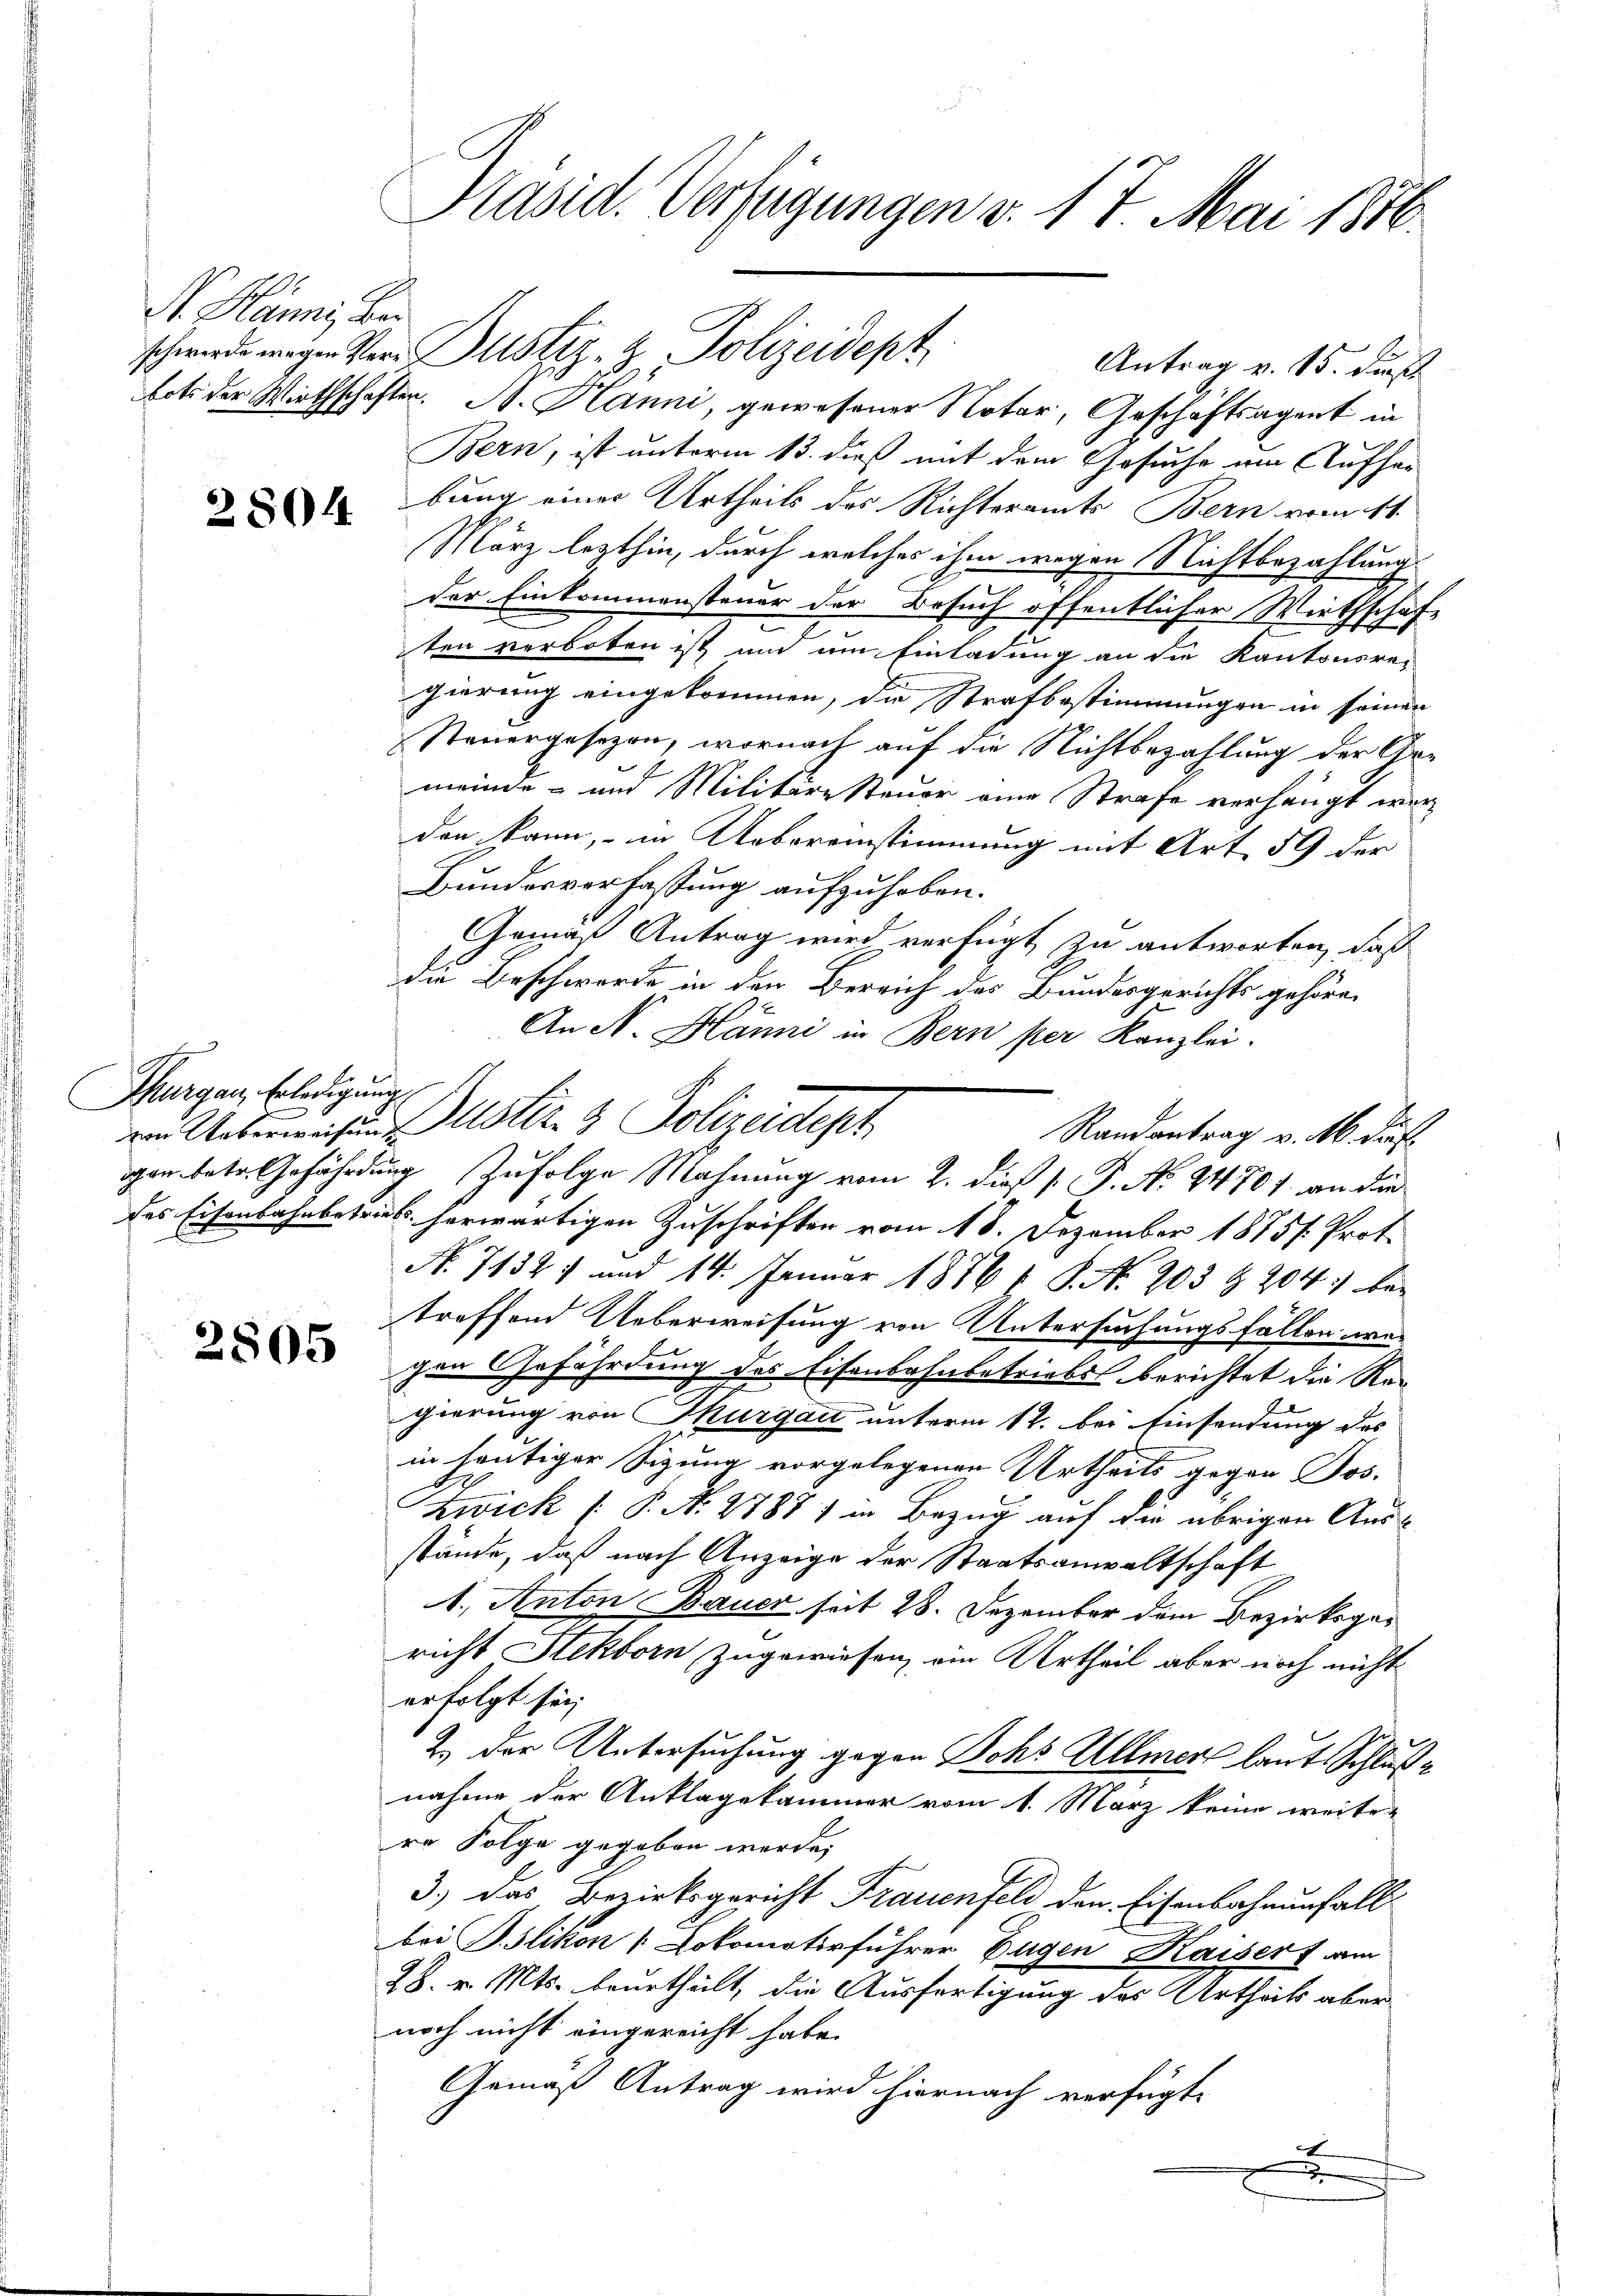
S. Hänni, Bar

28044

Thurgau, Erledigung.

2805

Präsid. Verfügungen v. 17. Mai 1846.

Antrag v. 15. Fürst
bots der Wirthschafter. A. Hänni, gewesener Notar, Geschäftsagent in
Bern, ist unterm 13. dieß mit dem Gesuche am Aufher-
bung einer Urtheils des Richteramts Bern vom 11.
März lezthin, durch welches ihm wegen Nichtbezahlung
der Einkommensteuer der Besuch öffentlichen Wirthschaft
ten verboten ist und um Einladung an die Kantonsre-
gierung eingekommen, die Strafbestimmungen in seinen
Steuergesezen, wornach auf die Nichtbezahlung der Gemeinde- und Militäre Steuer eine Strafe verhängt wer-
den kann, in Uebereinstimmung mit Art. 59 der
Bundesverfassung aufzuhaben.
Gemäß Antrag wird verfügt zu antworten, daß
die Beschwerde in den Bereich des Bundesgerichts gehören
An N. Hänni in Bern per Kanzlei.
gan betr. Gefährdung zufolge Mahnung vom 2. dieß [ P. No. 44701. an die
des Eisenbahnbetrieb herwärtigen Zuschriften vom 18. Dezember 1875. Prof.
N. 7132 und 14. Januar 1886 u. S. Nr. 203 & 204. bei
treffend Ueberweisung von Untersuchungsfällen wer
gen Gefährdung des Eisenbahnbetriebst berichtet die Regierung von Thurgau unterm 12. bei Einsendung des
in heutiger Sigung vorgelegenen Urtheils gegen Jos.
Zwick ( P. N. 2788) in Bezug auf die übrigen Aus-
stände, daß nach Anzeige der Staatsanwaltschaft
1.) Anton Bauer seit 28. Dezember dem Bezirksgericht Stekborn zugewiesen, ein Urtheil aber noch nicht
erfolgt sei,
2.) Der Untersuchung gegen Bohs Allmer laut Schlußnahme der Anklagekammer vom 1. März keine weiter
re Folge gegeben werde,
3.) Das Bezirksgericht Frauenfeld den Eisenbahrenfall
bei Blikon [Lokomotivführer Eugen Kaiser am
28. v. Mts. beurtheilt, die Ausfertigung des Urtheils aber
noch nicht eingereicht habe.
Gemäß Antrag wird hiernach verfügt:
e
x

schwerde wegen Ver- Justiz- & Polizeidept

von Ueberwesen Justiz- & Polizeidest

Randantrag v. M. dies